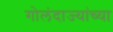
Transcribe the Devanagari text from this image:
गोलंदाज्यांच्या